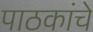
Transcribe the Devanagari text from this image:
पाठकांचे